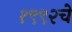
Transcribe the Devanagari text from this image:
१९९२चे